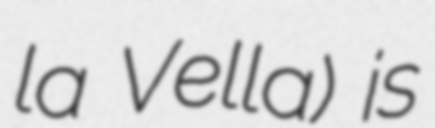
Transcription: la Vella) is